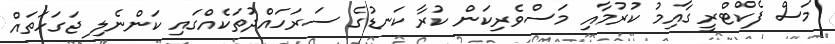
މަސް ފެކްޓްރީ ގާއިމު ކުރުމާއި މަސްވެރިކަން ކުރާ ކަނޑުގެ ސަރަހައްދުތަކެއްގައި ކަންނެލި ޖަގަހަތައް